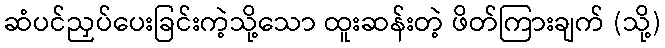
ဆံပင်ညှပ်ပေးခြင်းကဲ့သို့သော ထူးဆန်းတဲ့ ဖိတ်ကြားချက် (သို့)